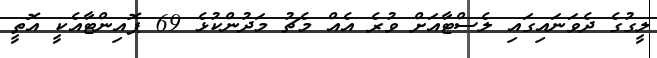
ލީގުގެ ދެވަނައިގައި ލެސްޓާއަށް ވުރެ އެއް މެޗު މަދުންކުޅެ 69 ޕޮއިންޓާއެކީ އޮތީ